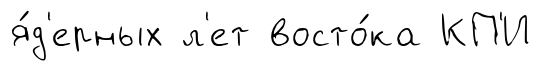
я́д'ерных л'ет восто́ка КП'И